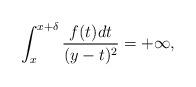
LaTeX: \begin{align*}\int_{x}^{x+\delta}\frac{f(t)dt}{(y-t)^2}=+\infty,\end{align*}